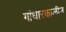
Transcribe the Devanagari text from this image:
गांधारकालीन